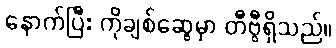
နောက်ပြီး ကိုချစ်ဆွေမှာ တီဗွီရှိသည်။